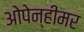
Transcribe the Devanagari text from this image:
ओपेन्हीमर